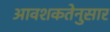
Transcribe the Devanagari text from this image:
आवशकतेनुसार